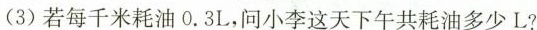
(3)若每千米耗油0.3L，问小李这天下午共耗油多少L?